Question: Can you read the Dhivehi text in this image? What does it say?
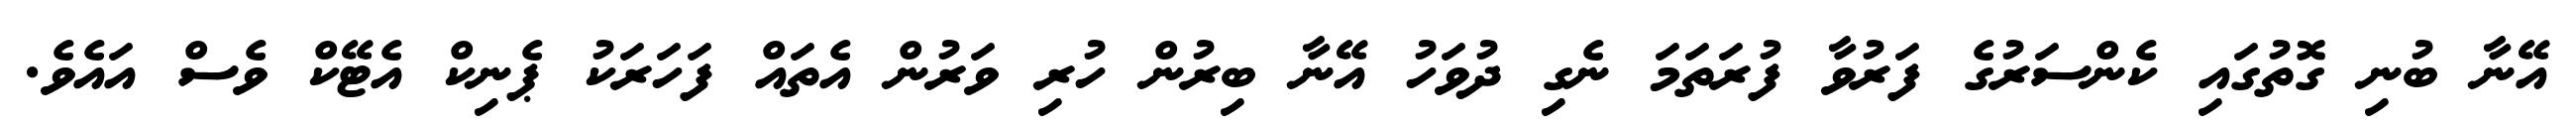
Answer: އޭނާ ބުނި ގޮތުގައި ކެންސަރުގެ ފަރުވާ ފުރަތަމަ ނެގި ދުވަހު އޭނާ ބިރުން ހުރި ވަރުން އެތައް ފަހަރަކު ޕެނިކް އެޓޭކް ވެސް އައެވެ.